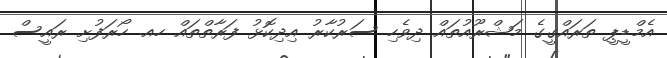
އެމްޑީޕީ ތަރައްގީގެ މަޝްރޫއުތައް ދިވެހި ސަރުކާރު އިދިކޮޅު ފަރާތްތައް ހއ. ހޯރަފުށި ރައީސް